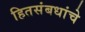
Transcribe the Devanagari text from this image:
हितसंबधांचे